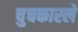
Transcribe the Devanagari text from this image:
चुचकारले